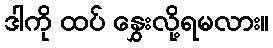
ဒါကို ထပ် နွှေးလို့ရမလား။